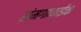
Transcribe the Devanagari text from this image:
संमगानाईक